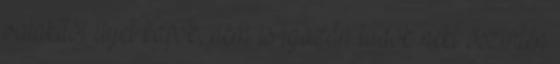
valakitől ilyet kapok, nem is igazán tudok neki őszintén